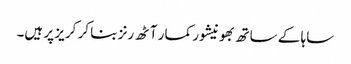
ساہا کے ساتھ بھونیشور کمار آٹھ رنز بنا کر کریز پر ہیں۔